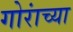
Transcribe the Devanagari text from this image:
गोरांच्या